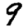
Digit: 9